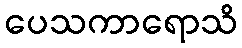
ပေသကာရောသိ